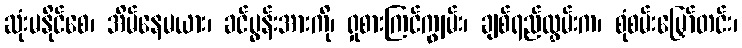
ဆုံးမနိုင်စေ၊ အိမ်နေမယား၊ ခင်ပွန်းအားကို၊ ရှုစားကြင်ကျွမ်း၊ ချစ်ရည်လွှမ်းက၊ စုံစမ်းမြှော်တင်း၊